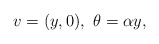
\begin{align*} v= (y,0), \ \theta= \alpha y,\end{align*}